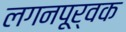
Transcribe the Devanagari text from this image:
लगनपूर्वक